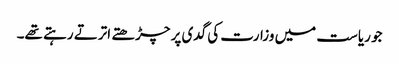
جو ریاست میں وزارت کی گدی پر چڑھتے اترتے رہتے تھے۔